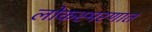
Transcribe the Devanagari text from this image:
लोकस्मरणात